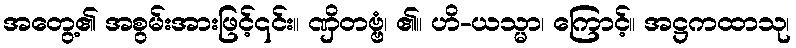
အတွေ့၏ အစွမ်းအားဖြင့်၎င်း။ ဏှိတဗ္ဗံ၊ ၏။ ဟိ-ယသ္မာ၊ ကြောင့်။ အဋ္ဌကထာသု၊